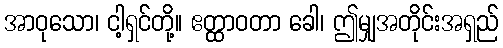
အာဝုသော၊ ငါ့ရှင်တို့။ ဧတ္ထာဝတာ ခေါ၊ ဤမျှအတိုင်းအရှည်